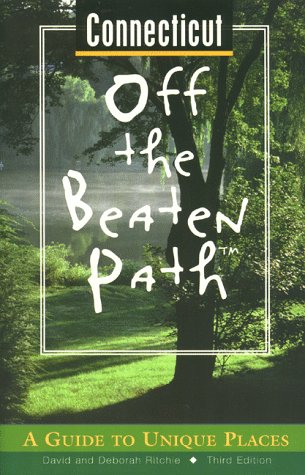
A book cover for Connecticut Off the Beaten Path: A Guide to Unique Places (Off the Beaten Path Series); David Ritchie; Travel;